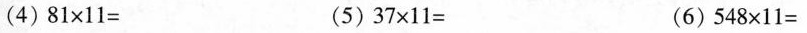
(4) 81 \times11= (5) 37 \times11= (6) 548 \times11=